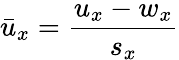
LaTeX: \bar{u}_{x}=\frac{u_{x}-w_{x}}{s_{x}}